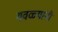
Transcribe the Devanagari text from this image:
गवळ्यांनी